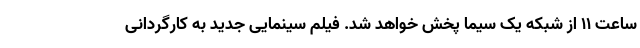
ساعت ۱۱ از شبکه یک سیما پخش خواهد شد. فیلم سینمایی جدید به کارگردانی